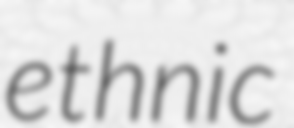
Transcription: ethnic